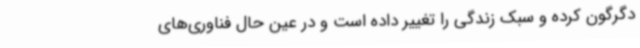
دگرگون کرده و سبک زندگی را تغییر داده است و در عین حال فناوری‌های